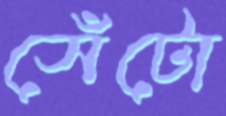
সেঁটো